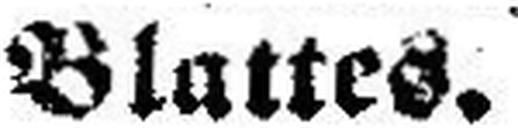
Blattes.